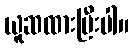
ယူဆထားပြီးပါ။